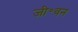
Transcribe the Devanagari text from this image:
जी॰वन